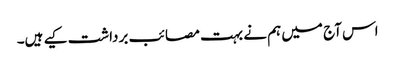
اس آج میں ہم نے بہت مصائب برداشت کیے ہیں۔